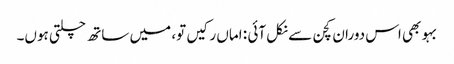
بہو بھی اس دوران کچن سے نکل آئی : اماں رکیں تو، میں ساتھ چلتی ہوں۔